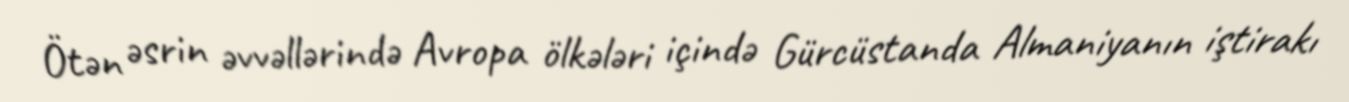
Ötən əsrin əvvəllərində Avropa ölkələri içində Gürcüstanda Almaniyanın iştirakı